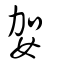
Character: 妿